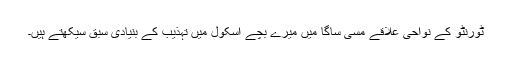
ٹورنٹو کے نواحی علاقے مسی ساگا میں میرے بچے اسکول میں تہذیب کے بنیادی سبق سیکھتے ہیں۔